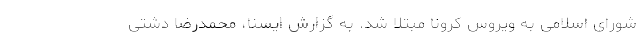
شورای اسلامی به ویروس کرونا مبتلا شد. به گزارش ایسنا، محمدرضا دشتی